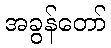
အခွန်တော်